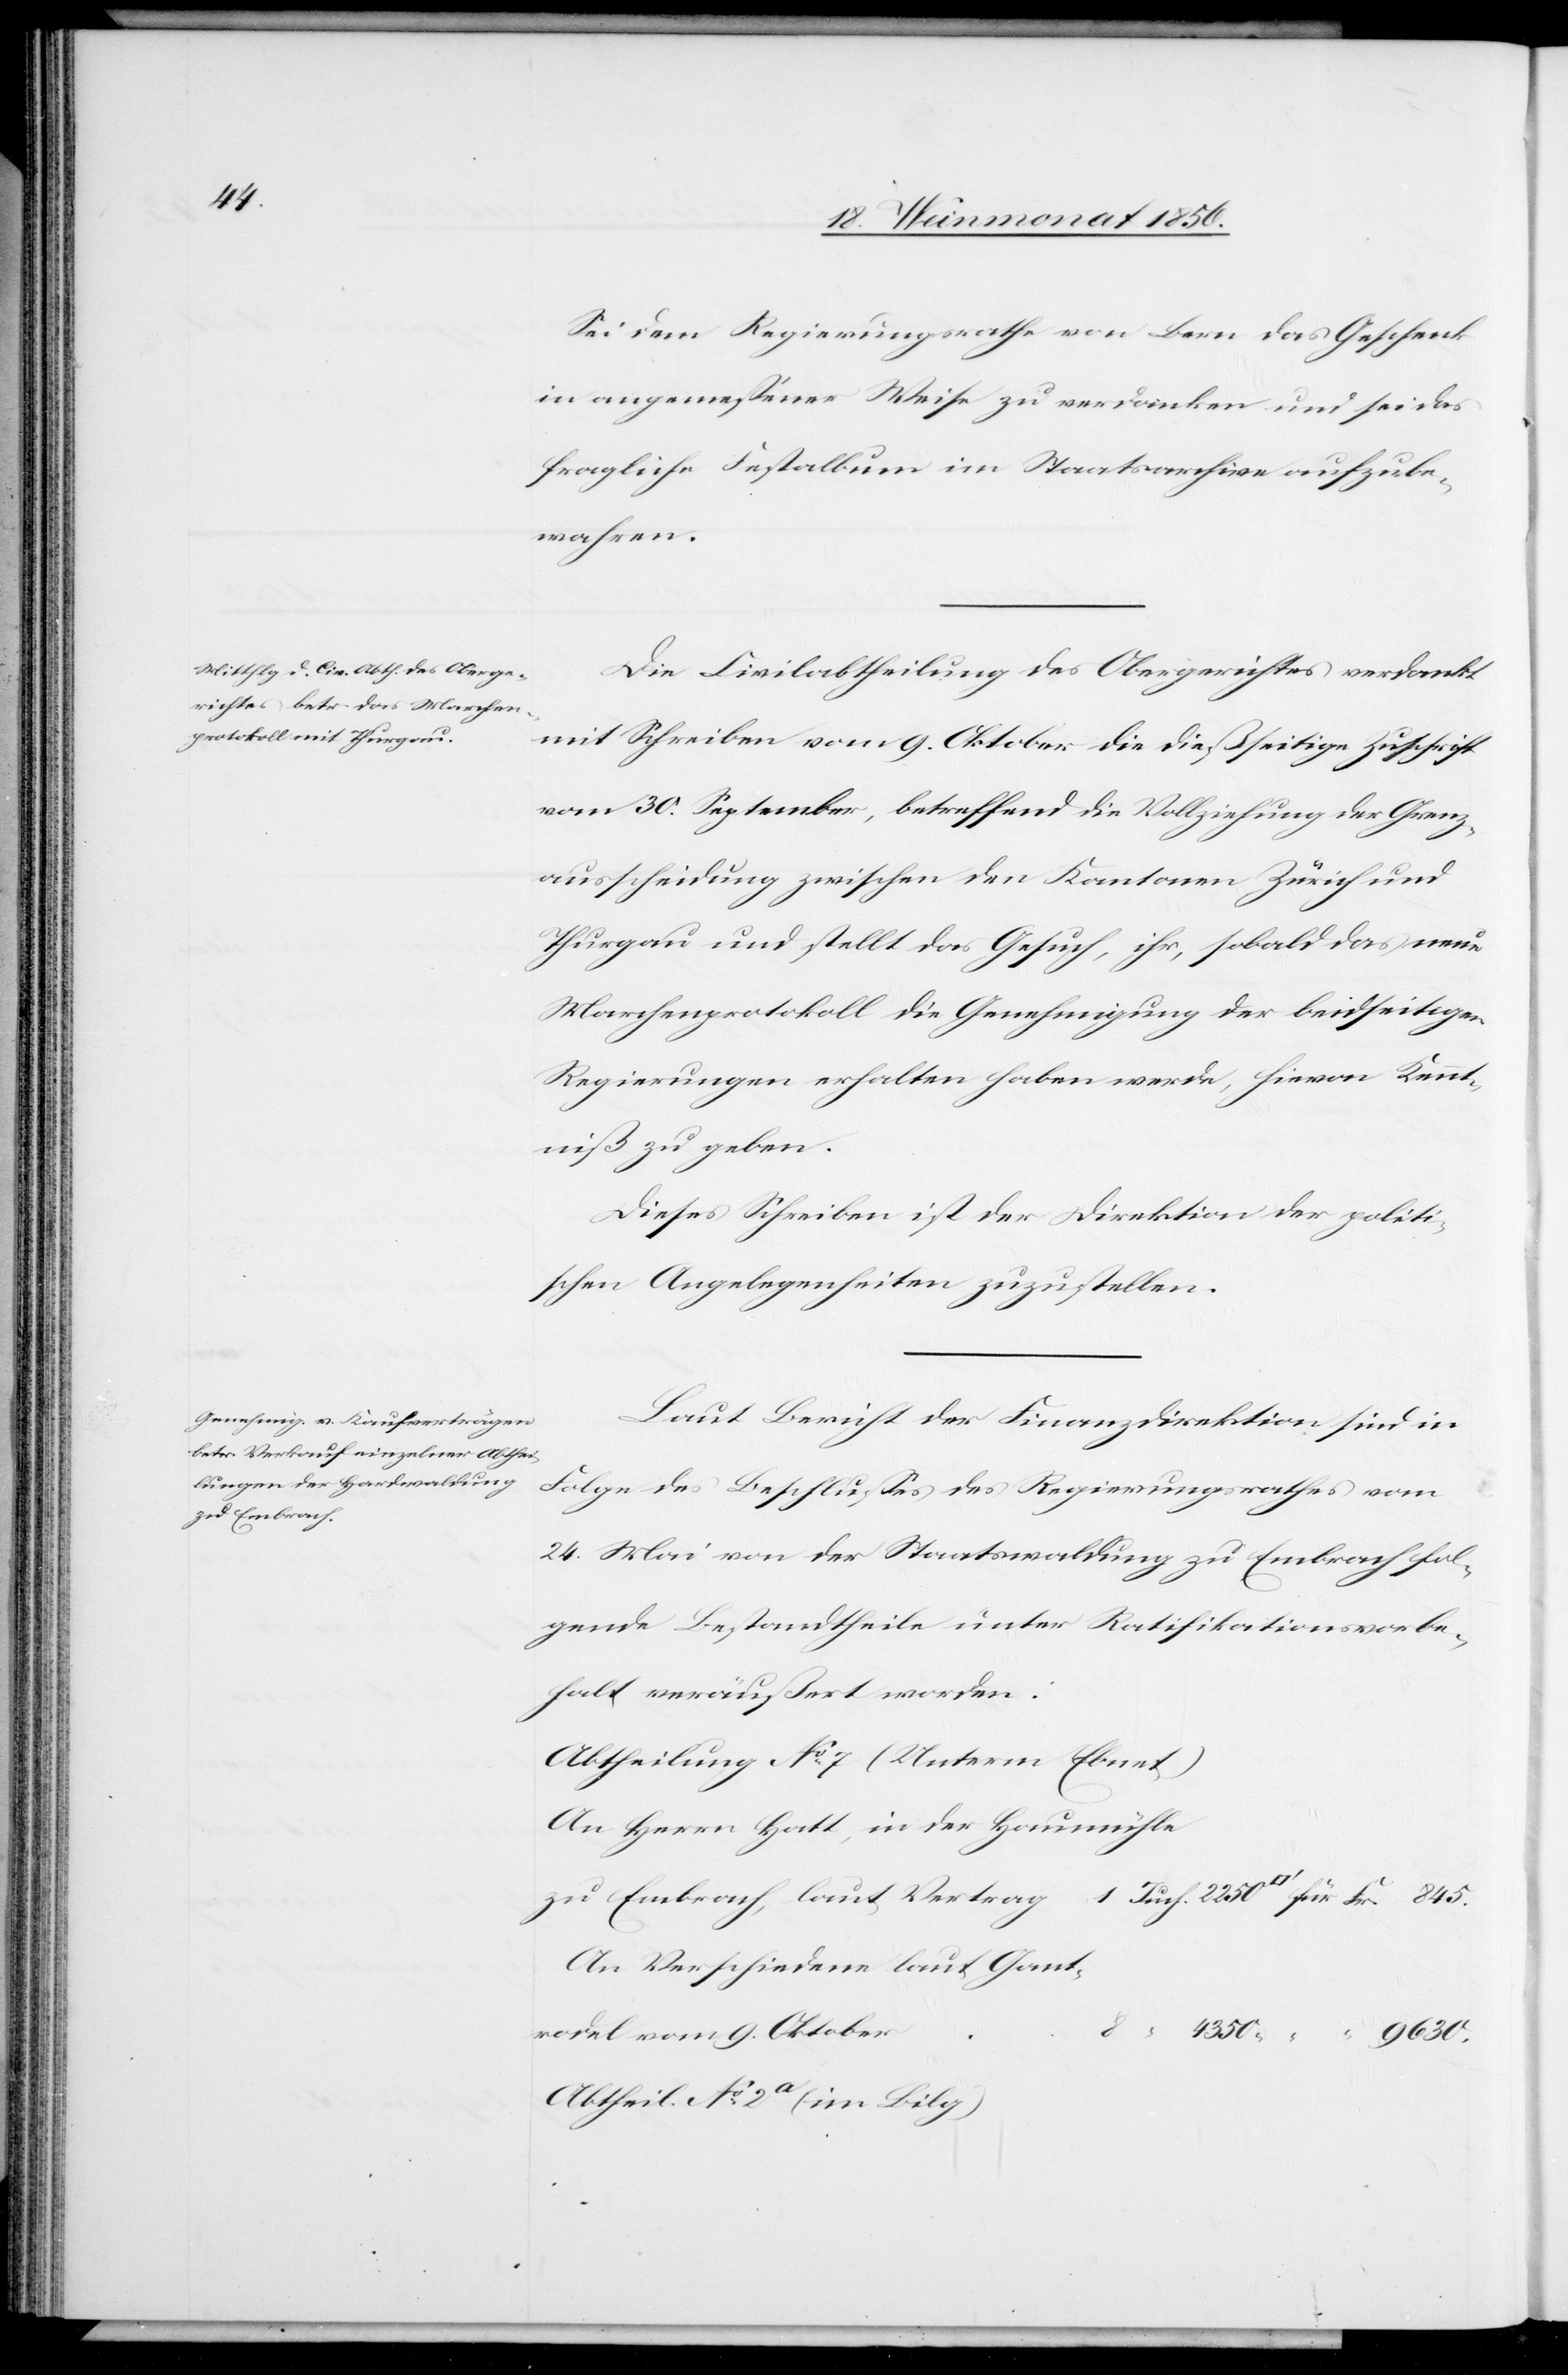
Sei dem Regierungsrathe von Bern das Geschenk
in angemessener Weise zu verdanken und sei das
fragliche Festalbum im Staatsarchive aufzube¬
wahren.
Die Civilabtheilung des Obergerichtes verdankt
mit Schreiben vom 9. Oktober die dießseitige Zuschrift
vom 30. September, betreffend die Vollziehung der Grenz¬
ausscheidung zwischen den Kantonen Zürich und
Thurgau und stellt das Gesuch, ihr, sobald das neue
Marchenprotokoll die Genehmigung der beidseitigen
Regierungen erhalten haben werde, hievon Kennt¬
niß zu geben.
Dieses Schreiben ist der Direktion der politi¬
schen Angelegenheiten zuzustellen.
Laut Bericht der Finanzdirektion sind in
Folge des Beschlusses des Regierungsrathes vom
24. Mai von der Staatswaldung zu Embrach fol¬
gende Bestandtheile unter Ratifikationsvorbe¬
halt veräußert worden:
Abtheilung No 7 (Unterm Ebnet)
An Herrn Hatt, in der Haumühle
zu Embrach, laut Vertrag
An Verschiedene laut Gant¬
rodel vom 9. Oktober
8
Abtheil. No 2a (im Bilg)